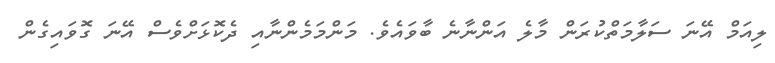
ލިއަމް އޭނަ ސަލާމަތްކުރަން މާލެ އަންނާނެ ބާވައެވެ. މަންމަމެންނާއި ދެކޮޅަށްވެސް އޭނަ ގޮވައިގެން